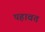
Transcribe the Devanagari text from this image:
पहावत